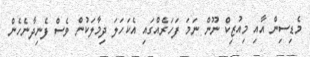
މެޑިސިން އާއި މިއުޒިކް ނޫން ނަމަ ފަހަރެއްގައި އެކަހަލަ ދިމާލަކުން ވެސް ފެނިދާނެހެން